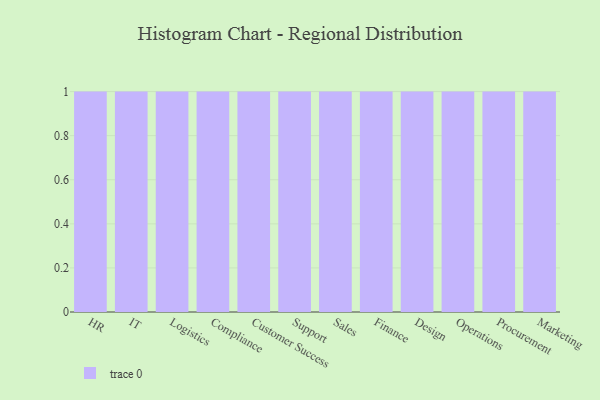
{"axis": {"x": "Department", "y": "Gross Profit (USD K)"}, "legend": [""], "data": [{"x": "HR", "y": 7, "type": ""}, {"x": "IT", "y": 61, "type": ""}, {"x": "Logistics", "y": 51, "type": ""}, {"x": "Compliance", "y": 29, "type": ""}, {"x": "Customer Success", "y": 2, "type": ""}, {"x": "Support", "y": 32, "type": ""}, {"x": "Sales", "y": 93, "type": ""}, {"x": "Finance", "y": 41, "type": ""}, {"x": "Design", "y": 95, "type": ""}, {"x": "Operations", "y": 77, "type": ""}, {"x": "Procurement", "y": 19, "type": ""}, {"x": "Marketing", "y": 34, "type": ""}]}